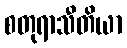
စတုရာသီတိယာ